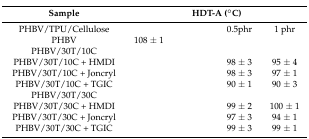
<table><thead><tr><td><b>Sample</b></td><td colspan="4"><b>HDT-A (°C)</b></td></tr></thead><tbody><tr><td>PHBV/TPU/Cellulose</td><td>[EMPTY_CELL]</td><td>[EMPTY_CELL]</td><td>0.5phr</td><td>1 phr</td></tr><tr><td>PHBV</td><td>108 ± 1</td><td>[EMPTY_CELL]</td><td>[EMPTY_CELL]</td><td>[EMPTY_CELL]</td></tr><tr><td>PHBV/30T/10C</td><td>[EMPTY_CELL]</td><td>[EMPTY_CELL]</td><td>[EMPTY_CELL]</td><td>[EMPTY_CELL]</td></tr><tr><td>PHBV/30T/10C + HMDI</td><td>[EMPTY_CELL]</td><td>[EMPTY_CELL]</td><td>98 ± 3</td><td>95 ± 4</td></tr><tr><td>PHBV/30T/10C + Joncryl</td><td>[EMPTY_CELL]</td><td>[EMPTY_CELL]</td><td>98 ± 3</td><td>97 ± 1</td></tr><tr><td>PHBV/30T/10C + TGIC</td><td>[EMPTY_CELL]</td><td>[EMPTY_CELL]</td><td>90 ± 1</td><td>90 ± 3</td></tr><tr><td>PHBV/30T/30C</td><td>[EMPTY_CELL]</td><td>[EMPTY_CELL]</td><td>[EMPTY_CELL]</td><td>[EMPTY_CELL]</td></tr><tr><td>PHBV/30T/30C + HMDI</td><td>[EMPTY_CELL]</td><td>[EMPTY_CELL]</td><td>99 ± 2</td><td>100 ± 1</td></tr><tr><td>PHBV/30T/30C + Joncryl</td><td>[EMPTY_CELL]</td><td>[EMPTY_CELL]</td><td>97 ± 3</td><td>94 ± 1</td></tr><tr><td>PHBV/30T/30C + TGIC</td><td>[EMPTY_CELL]</td><td>[EMPTY_CELL]</td><td>99 ± 3</td><td>99 ± 1</td></tr></tbody></table>